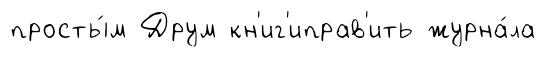
просты́м Друм кн'иг'иправ'ить журна́ла